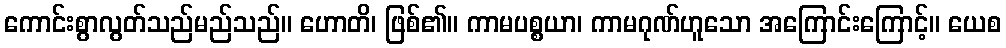
ကောင်းစွာလွတ်သည်မည်သည်။ ဟောတိ၊ ဖြစ်၏။ ကာမပစ္စယာ၊ ကာမဂုဏ်ဟူသော အကြောင်းကြောင့်။ ယေစ